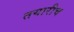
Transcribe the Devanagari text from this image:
तयारीच